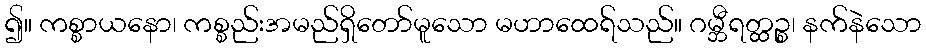
၍။ ကစ္စာယနော၊ ကစ္စည်းအမည်ရှိတော်မူသော မဟာထေရ်သည်။ ဂမ္ဘီရတ္ထဉ္စ၊ နက်နဲသော